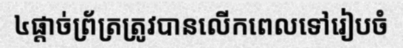
៤ផ្តាច់ព្រ័ត្រត្រូវបានលើកពេលទៅរៀបចំ